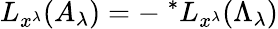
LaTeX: L_{x^{\lambda}}(A_{\lambda})=-\ ^{*}L_{x^{\lambda}}(\Lambda_{\lambda})